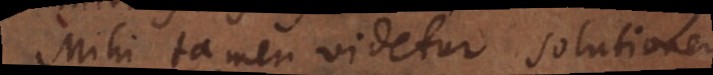
Mihi tamen videtur solutionem